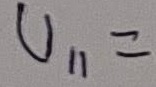
Text: U11=